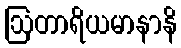
ဩတာရိယမာနာနိ